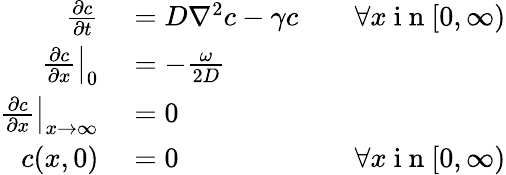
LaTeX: \begin{array}{rlr}{\frac{\partial c}{\partial t}}&{{}=D\nabla^{2}c-\gamma c}&{\quad\forall x\mathrm{~i~n~}[0,\infty)}\\ {\left.\frac{\partial c}{\partial x}\right|_{0}}&{{}=-\frac{\omega}{2D}}\\ {\left.\frac{\partial c}{\partial x}\right|_{x\rightarrow\infty}}&{{}=0}\\ {c(x,0)}&{{}=0}&{\forall x\mathrm{~i~n~}[0,\infty)}\end{array}